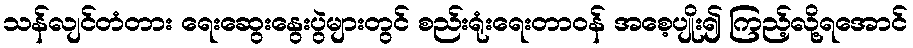
သန်လျင်တံတား ရေးဆွေးနွေးပွဲများတွင် စည်းရုံးရေးတာဝန် အစေ့ပျိုး၍ ကြည့်လို့ရအောင်